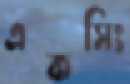
একসিং